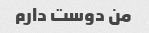
من دوست دارم